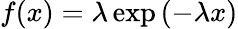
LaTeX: f(x)=\lambda\exp\left(-\lambda x\right)